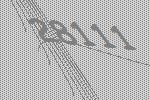
28111